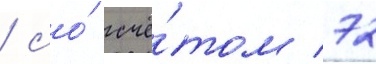
/ со́ счё́том 72